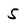
Character: 5